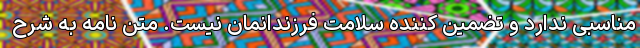
مناسبی ندارد و تضمین کننده سلامت فرزندانمان نیست. متن نامه به شرح